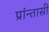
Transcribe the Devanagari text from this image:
प्रांन्तासी